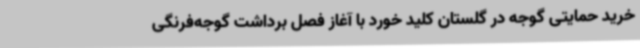
خرید حمایتی گوجه‌ در گلستان کلید خورد با آغاز فصل برداشت گوجه‌فرنگی